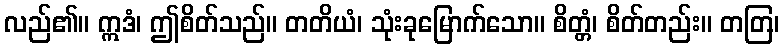
လည်၏။ ဣဒံ၊ ဤစိတ်သည်။ တတိယံ၊ သုံးခုမြောက်သော။ စိတ္တံ၊ စိတ်တည်း။ တတြ၊